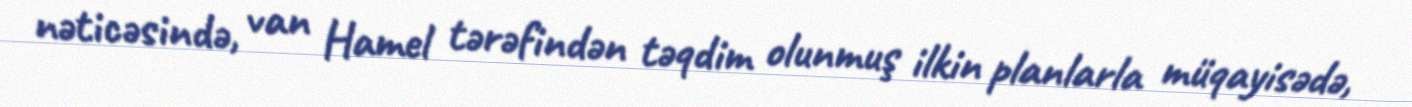
nəticəsində, van Hamel tərəfindən təqdim olunmuş ilkin planlarla müqayisədə,